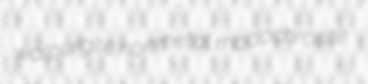
walpurgite nonmetal rhodochrosite